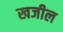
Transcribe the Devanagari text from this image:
खजील